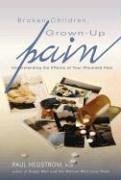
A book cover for Broken Children, Grown-Up Pain (Revised): Understanding the Effects of Your Wounded Past; Paul Hegstrom; Parenting & Relationships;